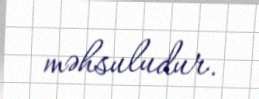
məhsuludur.